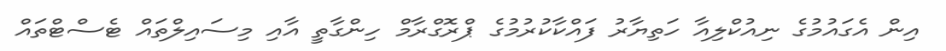
އިން އެގައުމުގެ ނިއުކްލިއާ ހަތިޔާރު ފައްކާކުރުމުގެ ޕްރޮގްރާމް ހިންގާތީ އާއި މިސައިލްތައް ޓެސްޓްތައް